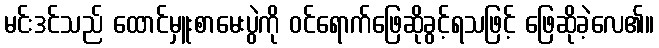
မင်းဒင်သည် ထောင်မှူးစာမေးပွဲကို ဝင်ရောက်ဖြေဆိုခွင့်ရသဖြင့် ဖြေဆိုခဲ့လေ၏။